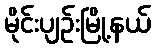
မိုင်းပျဉ်းမြို့နယ်